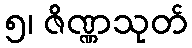
၅၊ ဇိဏ္ဏသုတ်